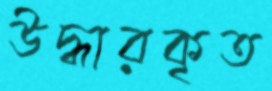
উদ্ধারকৃত